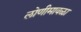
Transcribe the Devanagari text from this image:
लोणीमावळा